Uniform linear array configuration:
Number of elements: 4
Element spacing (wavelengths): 0.5
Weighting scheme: exponential
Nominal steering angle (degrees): -45
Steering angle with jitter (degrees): -45.962
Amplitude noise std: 0.05
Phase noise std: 0.05

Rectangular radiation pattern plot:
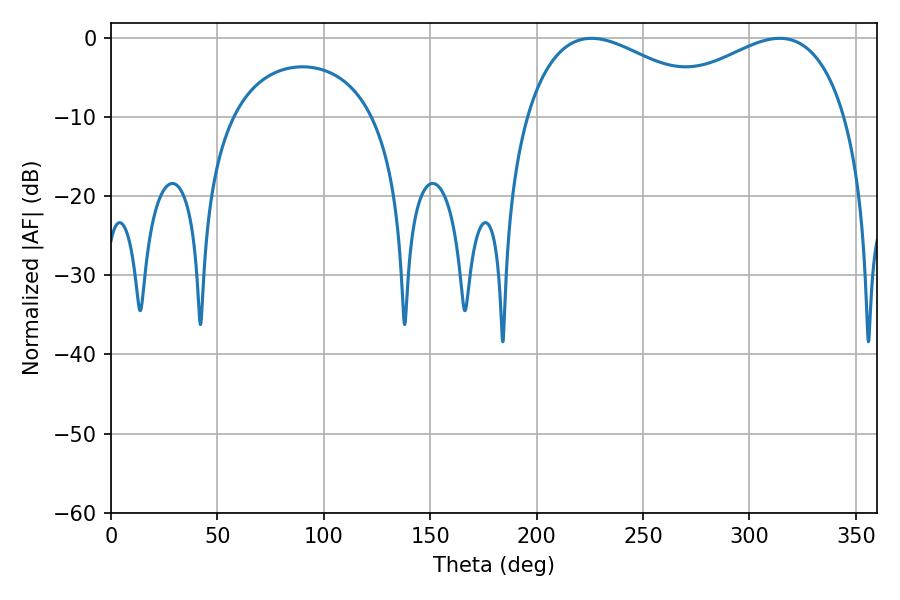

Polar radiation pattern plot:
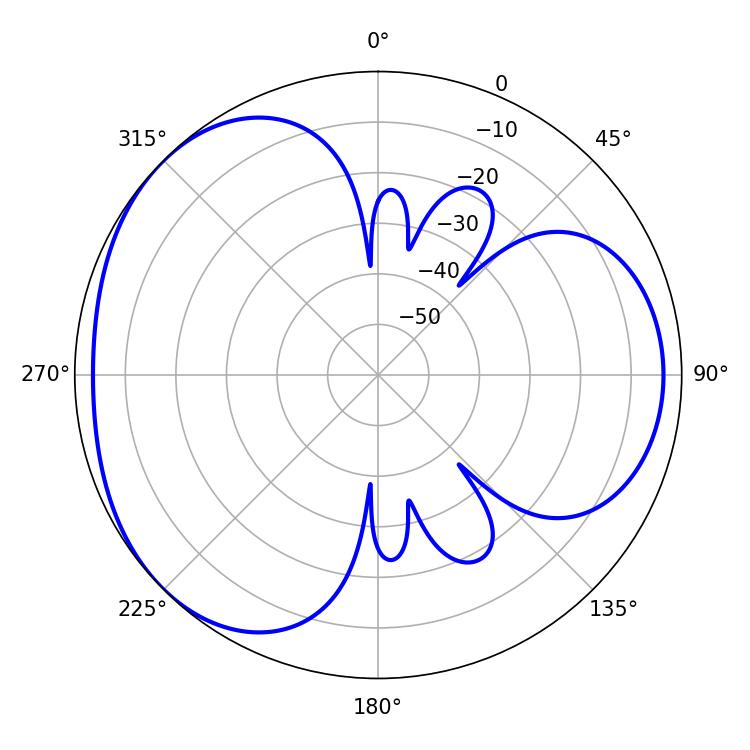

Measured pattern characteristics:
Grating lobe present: FALSE
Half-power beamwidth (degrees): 50.4
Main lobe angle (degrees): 225.72